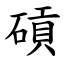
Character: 碽